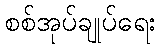
စစ်အုပ်ချုပ်ရေး